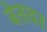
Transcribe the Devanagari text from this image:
बेतवर